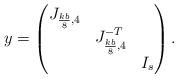
LaTeX: \begin{align*} y=\begin{pmatrix}J_{\frac{kb}{8},4} \\& J_{\frac{kb}{8},4}^{-T} \\& & I_{s} \end{pmatrix}.\end{align*}